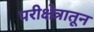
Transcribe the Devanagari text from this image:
परीक्षेत्रातून